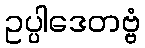
ဥပ္ပါဒေတဗ္ဗံ